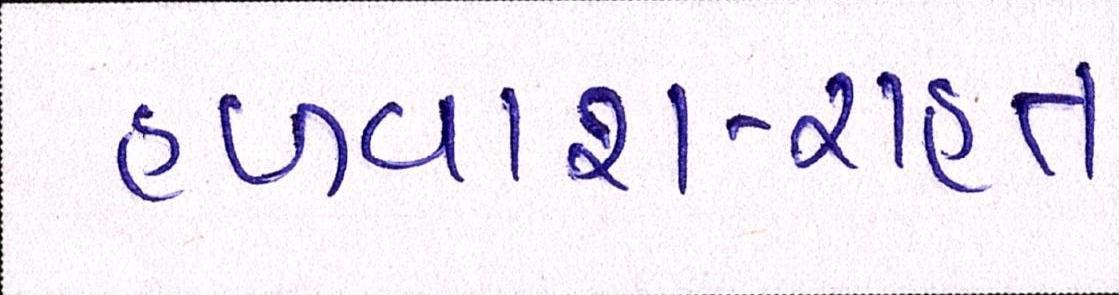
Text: હળવાશ-રાહત